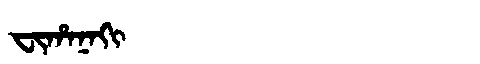
Manchu: ᠸᡳᡥᠠᠨᠠᡴᡳ
Romanization: FIHANAKI